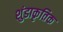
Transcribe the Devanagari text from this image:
शुंडाकृतिक